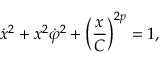
\dot { x } ^ { 2 } + x ^ { 2 } \dot { \varphi } ^ { 2 } + \left( \frac { x } { C } \right) ^ { 2 p } = 1 ,